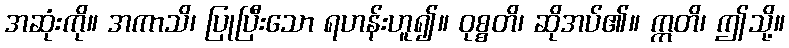
အဆုံးကို။ အကာသိ၊ ပြုပြီးသော ရဟန်းဟူ၍။ ဝုစ္စတိ၊ ဆိုအပ်၏။ ဣတိ၊ ဤသို့။